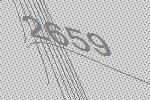
2659